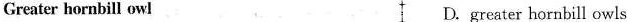
Greater hornbill owl D. greater hornbill owls